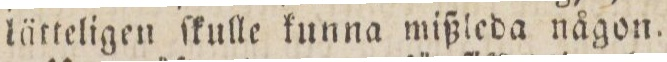
lätteligen ſkulle kunna mißleda någon.